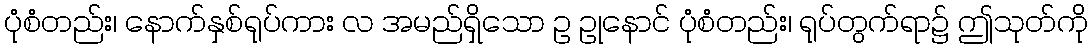
ပုံစံတည်း၊ နောက်နှစ်ရုပ်ကား လ အမည်ရှိသော ဥ ဥုနောင် ပုံစံတည်း၊ ရုပ်တွက်ရာ၌ ဤသုတ်ကို